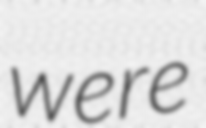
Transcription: were